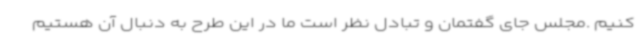
کنیم .مجلس جای گفتمان و تبادل نظر است ما در این طرح به دنبال آن هستیم